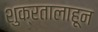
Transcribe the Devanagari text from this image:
शुक्रतालाहून